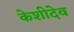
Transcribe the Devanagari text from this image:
केशीदेव